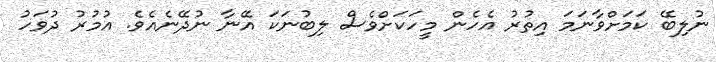
ނުލިބޭ ކަމަށްވާނަމަ އިތުރު އެހެން މީހަކަށްވެސް ލިބުނަކަ އޭނާ ނުދޭނެއެވެ. އުމުރު ދުވަހު